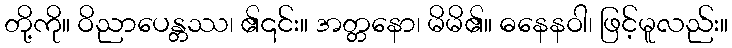
တို့ကို။ ဝိညာပေန္တဿ၊ ၏၎င်း။ အတ္တနော၊ မိမိ၏။ ဓနေနဝါ၊ ဖြင့်မူလည်း။